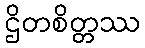
ဌိတစိတ္တဿ